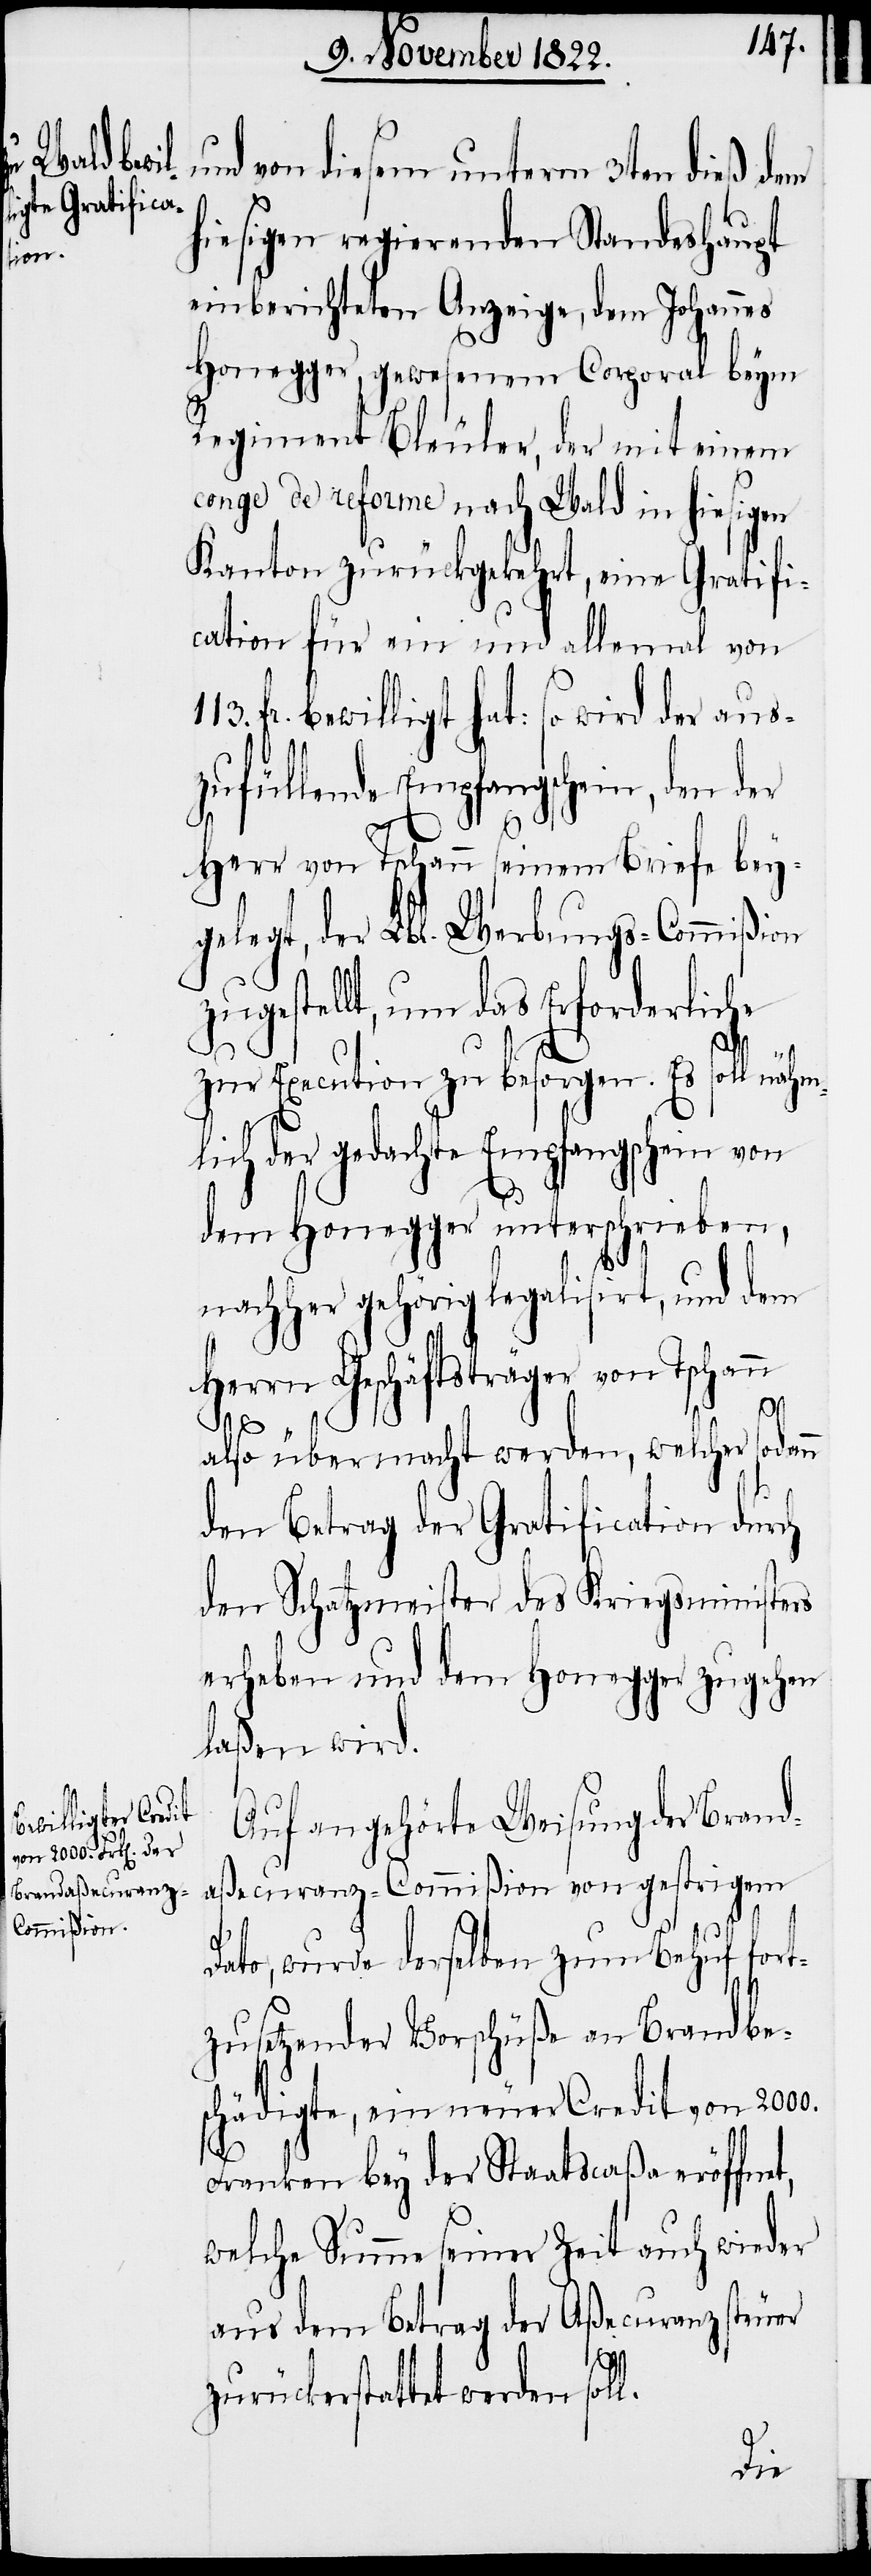
und von diesem unterm 3ten dieß dem
hiesigen regierenden Standeshaupt
einberichteten Anzeige, dem Johannes
Honegger, gewesenem Corporal beym
Regiment Bleuler, der mit einem
conge de reforme nach Wald in hiesigen
Kanton zurückgekehrt, eine Gratifi¬
cation für ein und allemal von
fr. bewilligt hat: so wird der aus¬
zufüllende Empfangschein, den der
Herr von Tschann seinem Briefe bey¬
gelegt, der Lbl. Werbungs-Commißion
zugestellt, um das Erforderliche
zur Execution zu besorgen. Es soll näh¬
mlich der gedachte Empfangschein von
dem Honegger unterschrieben,
nachher gehörig legalisirt, und dem
Herrn Geschäftsträger von Tschann
113.
also übermacht werden, welcher sodann
den Betrag der Gratification durch
den Schatzmeister des Kriegsministers
erheben und dem Honegger zugehen
laßen wird.
Auf angehörte Weisung der Brand¬
aßecuranz-Commißion von gestrigem
Dato, wurde derselben zum Behuf fort¬
zusetzender Vorschüße an Brandbe¬
schädigte, ein neuer Credit von 2000.
Franken bey der Staatscaßa eröffnet,
welche Summe seiner Zeit auch wieder
aus dem Betrag der Aßecuranzsteuer
zurückerstattet werden soll.